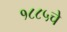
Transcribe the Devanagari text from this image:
१८८५चे